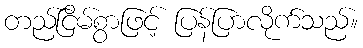
တည်ငြိမ်စွာဖြင့် ပြန်ပြာလိုက်သည်။